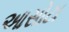
આસોટા